Report of the Imperial Institute of Veterinary Research, Muktesar
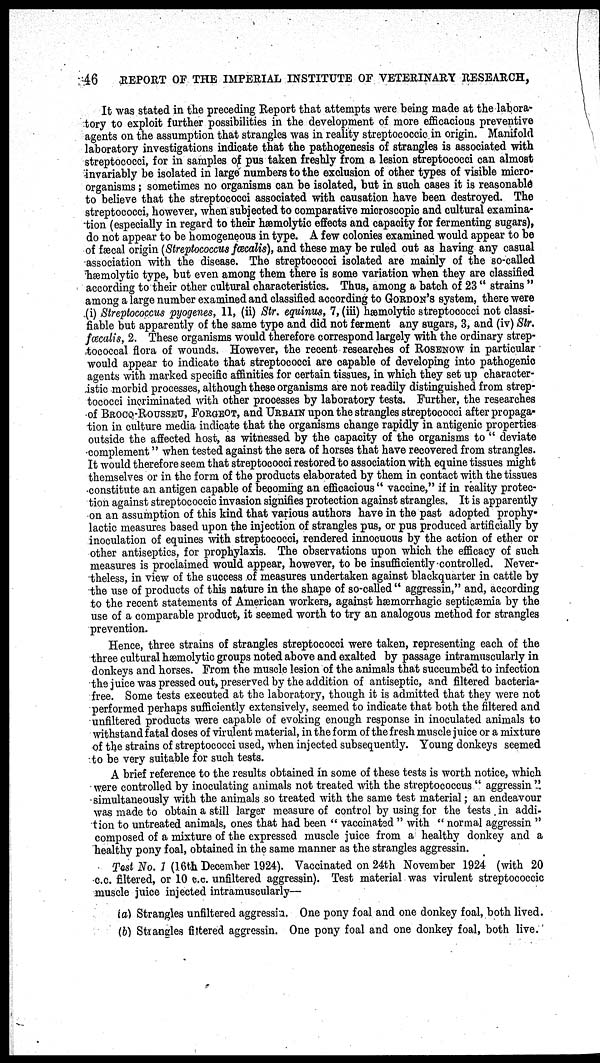
46
REPORT OF THE IMPERIAL INSTITUTE OF VETERINARY RESEARCH,
It was stated in the preceding Report that attempts were being made at the labora-
tory to exploit further possibilities in the development of more efficacious preventive
agents on the assumption that strangles was in reality streptococcic in origin. Manifold
laboratory investigations indicate that the pathogenesis of strangles is associated with
streptococci, for in samples of pus taken freshly from a lesion streptococci can almost
invariably be isolated in large numbers to the exclusion of other types of visible micro-
organisms ; sometimes no organisms can be isolated, but in such cases it is reasonable
to believe that the streptococci associated with causation have been destroyed. The
streptococci, however, when subjected to comparative microscopic and cultural examina¬
tion (especially in regard to their hæmolytic effects and capacity for fermenting sugars),
do not appear to be homogeneous in type. A few colonies examined would appear to be
of fæcal origin (Streptococcus fæcalis), and these may be ruled out as having any casual
association with the disease. The streptococci isolated are mainly of the so-called
hæmolytic type, but even among them there is some variation when they are classified
according to their other cultural characteristics. Thus, among a batch of 23 " strains "
among a large number examined and classified according to GORDON'S system, there were
(i) Streptococcus pyogenes, 11, (ii) Str. equinus, 7, (iii) hæmolytic streptococci not classi-
fiable but apparently of the same type and did not ferment any sugars, 3, and (iv) Str.
fæcalis, 2. These organisms would therefore correspond largely with the ordinary strep-
tococcal flora of wounds. However, the recent researches of ROSENOW in particular
would appear to indicate that streptococci are capable of developing into pathogenic
agents with marked specific affinities for certain tissues, in which they set up character-
istic morbid processes, although these organisms are not readily distinguished from strep-
tococci incriminated with other processes by laboratory tests. Further, the researches
of BROCO-ROUSSEU, FORGEOT, and URBAIN upon the strangles streptococci after propaga-
tion in culture media indicate that the organisms change rapidly in antigenic properties
outside the affected host, as witnessed by the capacity of the organisms to " deviate
complement" when tested against the sera of horses that have recovered from strangles.
It would therefore seem that streptococci restored to association with equine tissues might
themselves or in the form of the products elaborated by them in contact with the tissues
constitute an antigen capable of becoming an efficacious " vaccine," if in reality protec-
tion against streptococcic invasion signifies protection against strangles. It is apparently
on an assumption of this kind that various authors have in the past adopted prophy-
lactic measures based upon the injection of strangles pus, or pus produced artificially by
inoculation of equines with streptococci, rendered innocuous by the action of ether or
other antiseptics, for prophylaxis. The observations upon which the efficacy of such
measures is proclaimed would appear, however, to be insufficiently controlled. Never-
theless, in view of the success of measures undertaken against blackquarter in cattle by
the use of products of this nature in the shape of so-called " aggressin," and, according
to the recent statements of American workers, against hæmorrhagic septicæmia by the
use of a comparable product, it seemed worth to try an analogous method for strangles
prevention.
Hence, three strains of strangles streptococci were taken, representing each of the
three cultural hæmolytic groups noted above and exalted by passage intramuscularly in
donkeys and horses. From the muscle lesion of the animals that succumbed to infection
the juice was pressed out, preserved by the addition of antiseptic, and filtered bacteria-
free. Some tests executed at the laboratory, though it is admitted that they were not
performed perhaps sufficiently extensively, seemed to indicate that both the filtered and
unfiltered products were capable of evoking enough response in inoculated animals to
withstand fatal doses of virulent material, in the form of the fresh muscle juice or a mixture
of the strains of streptococci used, when injected subsequently. Young donkeys seemed
to be very suitable for such tests.
A brief reference to the results obtained in some of these tests is worth notice, which
were controlled by inoculating animals not treated with the streptococcus " aggressin "
simultaneously with the animals so treated with the same test material; an endeavour
was made to obtain a still larger measure of control by using for the tests in addi-
tion to untreated animals, ones that had been " vaccinated " with " normal aggressin "
composed of a mixture of the expressed muscle juice from a healthy donkey and a
healthy pony foal, obtained in the same manner as the strangles aggressin.
Test No. 1 (16th December 1924). Vaccinated on 24th November 1924 (with 20
c.c. filtered, or 10 c.c. unfiltered aggressin). Test material was virulent streptococcic
muscle juice injected intramuscularly—
(a) Strangles unfiltered aggressin. One pony foal and one donkey foal, both lived.
(b) Strangles filtered aggressin. One pony foal and one donkey foal, both live.